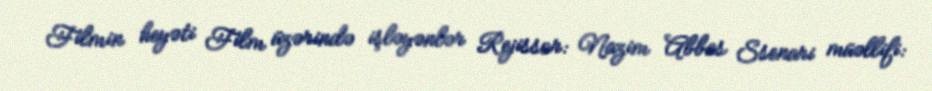
Filmin heyəti Film üzərində işləyənlər Rejissor: Nazim Abbas Ssenari müəllifi: